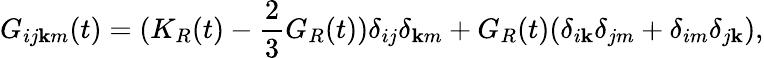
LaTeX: G_{ij\mathbf{k}m}(t)=(K_{R}(t)-\frac{{2}}{{3}}G_{R}(t))\delta_{ij}\delta_{\mathbf{k}m}+G_{R}(t)(\delta_{i\mathbf{k}}\delta_{jm}+\delta_{im}\delta_{j\mathbf{k}}),